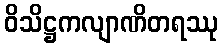
ဝိသိဋ္ဌကလျာဏိတရဿု